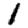
Digit: 1